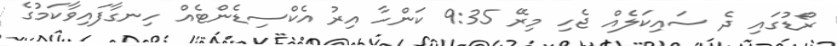
ރޯޑުގައި ދެ ސައިކަލެއް ޖެހި މިރޭ 9:35 ކަންހާ އިރު އެކްސިޑެންޓެއް ހިނގާފައިވާކަމުގެ